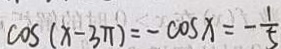
\cos ( x - 3 \pi ) = - \cos x = - \frac { 1 } { 5 }